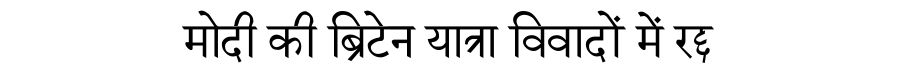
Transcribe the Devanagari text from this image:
मोदी की ब्रिटेन यात्रा विवादों में रद्द